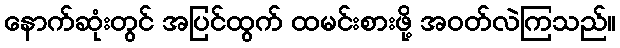
နောက်ဆုံးတွင် အပြင်ထွက် ထမင်းစားဖို့ အဝတ်လဲကြသည်။